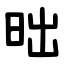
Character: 昢